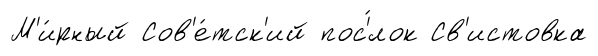
М'и́рный Сов'е́тск'ий пос'́лок Св'истовка